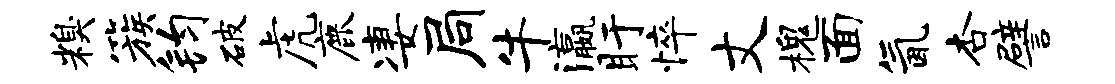
糗簇钧破虎鹿凄局牛瀛盱悴丈槐面氤杏譬